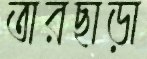
তারছাড়া